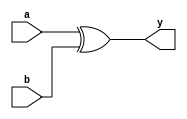
//XOR Gate in dataflow
module xorgate(a,b,y);
input a,b;
output y;
assign y=a^b;
endmodule